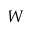
W